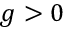
g > 0